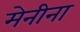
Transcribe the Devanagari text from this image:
मेनीना